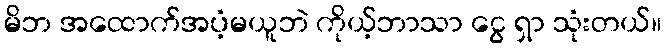
မိဘ အထောက်အပံ့မယူဘဲ ကိုယ့်ဘာသာ ငွေ ရှာ သုံးတယ်။